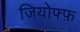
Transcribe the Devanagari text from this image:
जियोफ्फ़